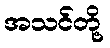
အသင်တို့